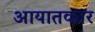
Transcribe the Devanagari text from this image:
आयातकार